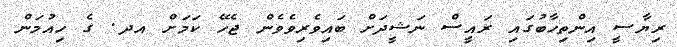
ރިޔާސީ އިންތިހާބުގައި ރައީސް ނަޝީދަށް ބައިވެރިވެވެން ޖެހޭ ކަމަށް އދ. ގެ ހިއުމަން